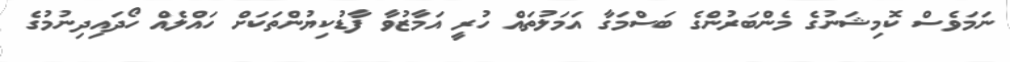
ނަމަވެސް ކޮމިޝަނުގެ މެންބަރުންގެ ބަސްމަގާ އަމަލުތައް ހުރީ އަމާޒުވާ ފާޑުކިޔުންތަކަށް ހައްލެއް ހޯދައިދިނުމުގެ